Calcutta medical institutions reports 1879-81 [i.e.91]
Year: 1879
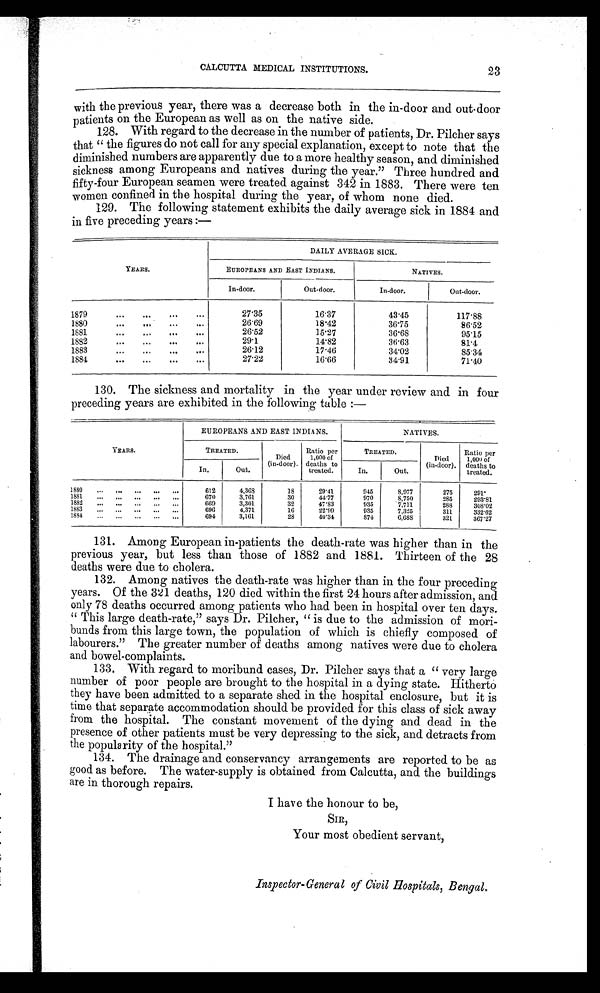
CALCUTTA MEDICAL INSTITUTIONS.
with the previous year, there was a decrease both in the in-door and out-door
patients on the European as well as on the native side.
128. With regard to the decrease in the number of patients, Dr. Pilcher says
that “the figures do not call for any special explanation, except to note that the
diminished numbers are apparently due to a more healthy season, and diminished
sickness among Europeans and natives during the year.” Three hundred and
fifty-four European seamen were treated against 342 in 1883. There were ten
women confined in the hospital during the year, of whom none died.
129. The following statement exhibits the daily average sick in 1884 and
in five preceding years:—
YEARS.
DAILY AVERAGE SICK.
EUROPEANS AND EAST INDIANS.
NATIVES.
In-door.
Out-door.
In-door.
Out-door.
1879
...
...
...
. . .
27.35
16.37
43.45
117.88
1880 . . . . . . . . . . . .
26.69
18.42
36.75
86.52
1881
...
...
. . .
...
26.52
15.27
36.68
95.15
1882
...
...
...
. . .
29.1
14.82
36. 63
81.4
1883...
...
...
..
26.12
17.46
34.02
85.34
1884
...
. . . ...
...
27.22
16.66
3 4 . 9 1
71.40
130. The sickness and mortality in the year under review and in four
preceding years are exhibited in the following table:—
YEARS.
EUROPEANS AND EAST INDIANS.
NATIVES.
TREATED.
Died
(in-door).
Ratio per
1,000 of
deaths to
treated.
TREATED.
Died
(in-door).
Ratio per
1,000 of
deaths to
treated.
In.
Out.
In.
Out.
1880
612
4,368
18
29.41
945
8,977
275
291.
1881 ... ... ... ... ...
6 7 03,761
30
44.77
970
8 , 7 5 0
285
293.81
1882
669
3,301
32
47.83
935
7,711
288
308.02
1883 ... ... ... ...
696
4,371
16
22.99
935
7,325
311
332.62
1884
...
...
...
...
...
694
3,161
28
40.31
874
6,688
321
367.27
131. Among European in-patients the death-rate was higher than in the
previous year, but less than those of 1882 and 1881. Thirteen of the 28
deaths were due to cholera.
132. Among natives the death-rate was higher than in the four preceding
years. Of the 321 deaths, 120 died within the first 24 hours after admission, and
only 78 deaths occurred among patients who had been in hospital over ten days.
“This large death-rate,” says Dr. Pilcher, “is due to the admission of mori-
bunds from this large town, the population of which is chiefly composed of
labourers.” The greater number of deaths among natives were due to cholera
and bowel-complaints.
133. With regard to moribund cases, Dr. Pilcher says that a “very large
number of poor people are brought to the hospital in a dying state. Hitherto
they have been admitted to a separate shed in the hospital enclosure, but it is
time that separate accommodation should be provided for this class of sick away
from the hospital. The constant movement of the dying and dead in the
presence of other patients must be very depressing to the sick, and detracts from
the popularity of the hospital.”
134. The drainage and conservancy arrangements are reported to be as
good as before. The water-supply is obtained from Calcutta, and the buildings
are in thorough repairs.
I have the honour to be,
SIR,
Your most obedient servant,
Inspector-General of Civil Hospitals, Bengal.
23